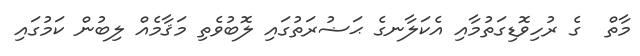
މާތް  ގެ ރުހިވޮޑިގަތުމާއި އެކަލާނގެ ޙަޟުރަތުގައި ލޮބުވެތި މަޤާމެއް ލިބުން ކަމުގައި